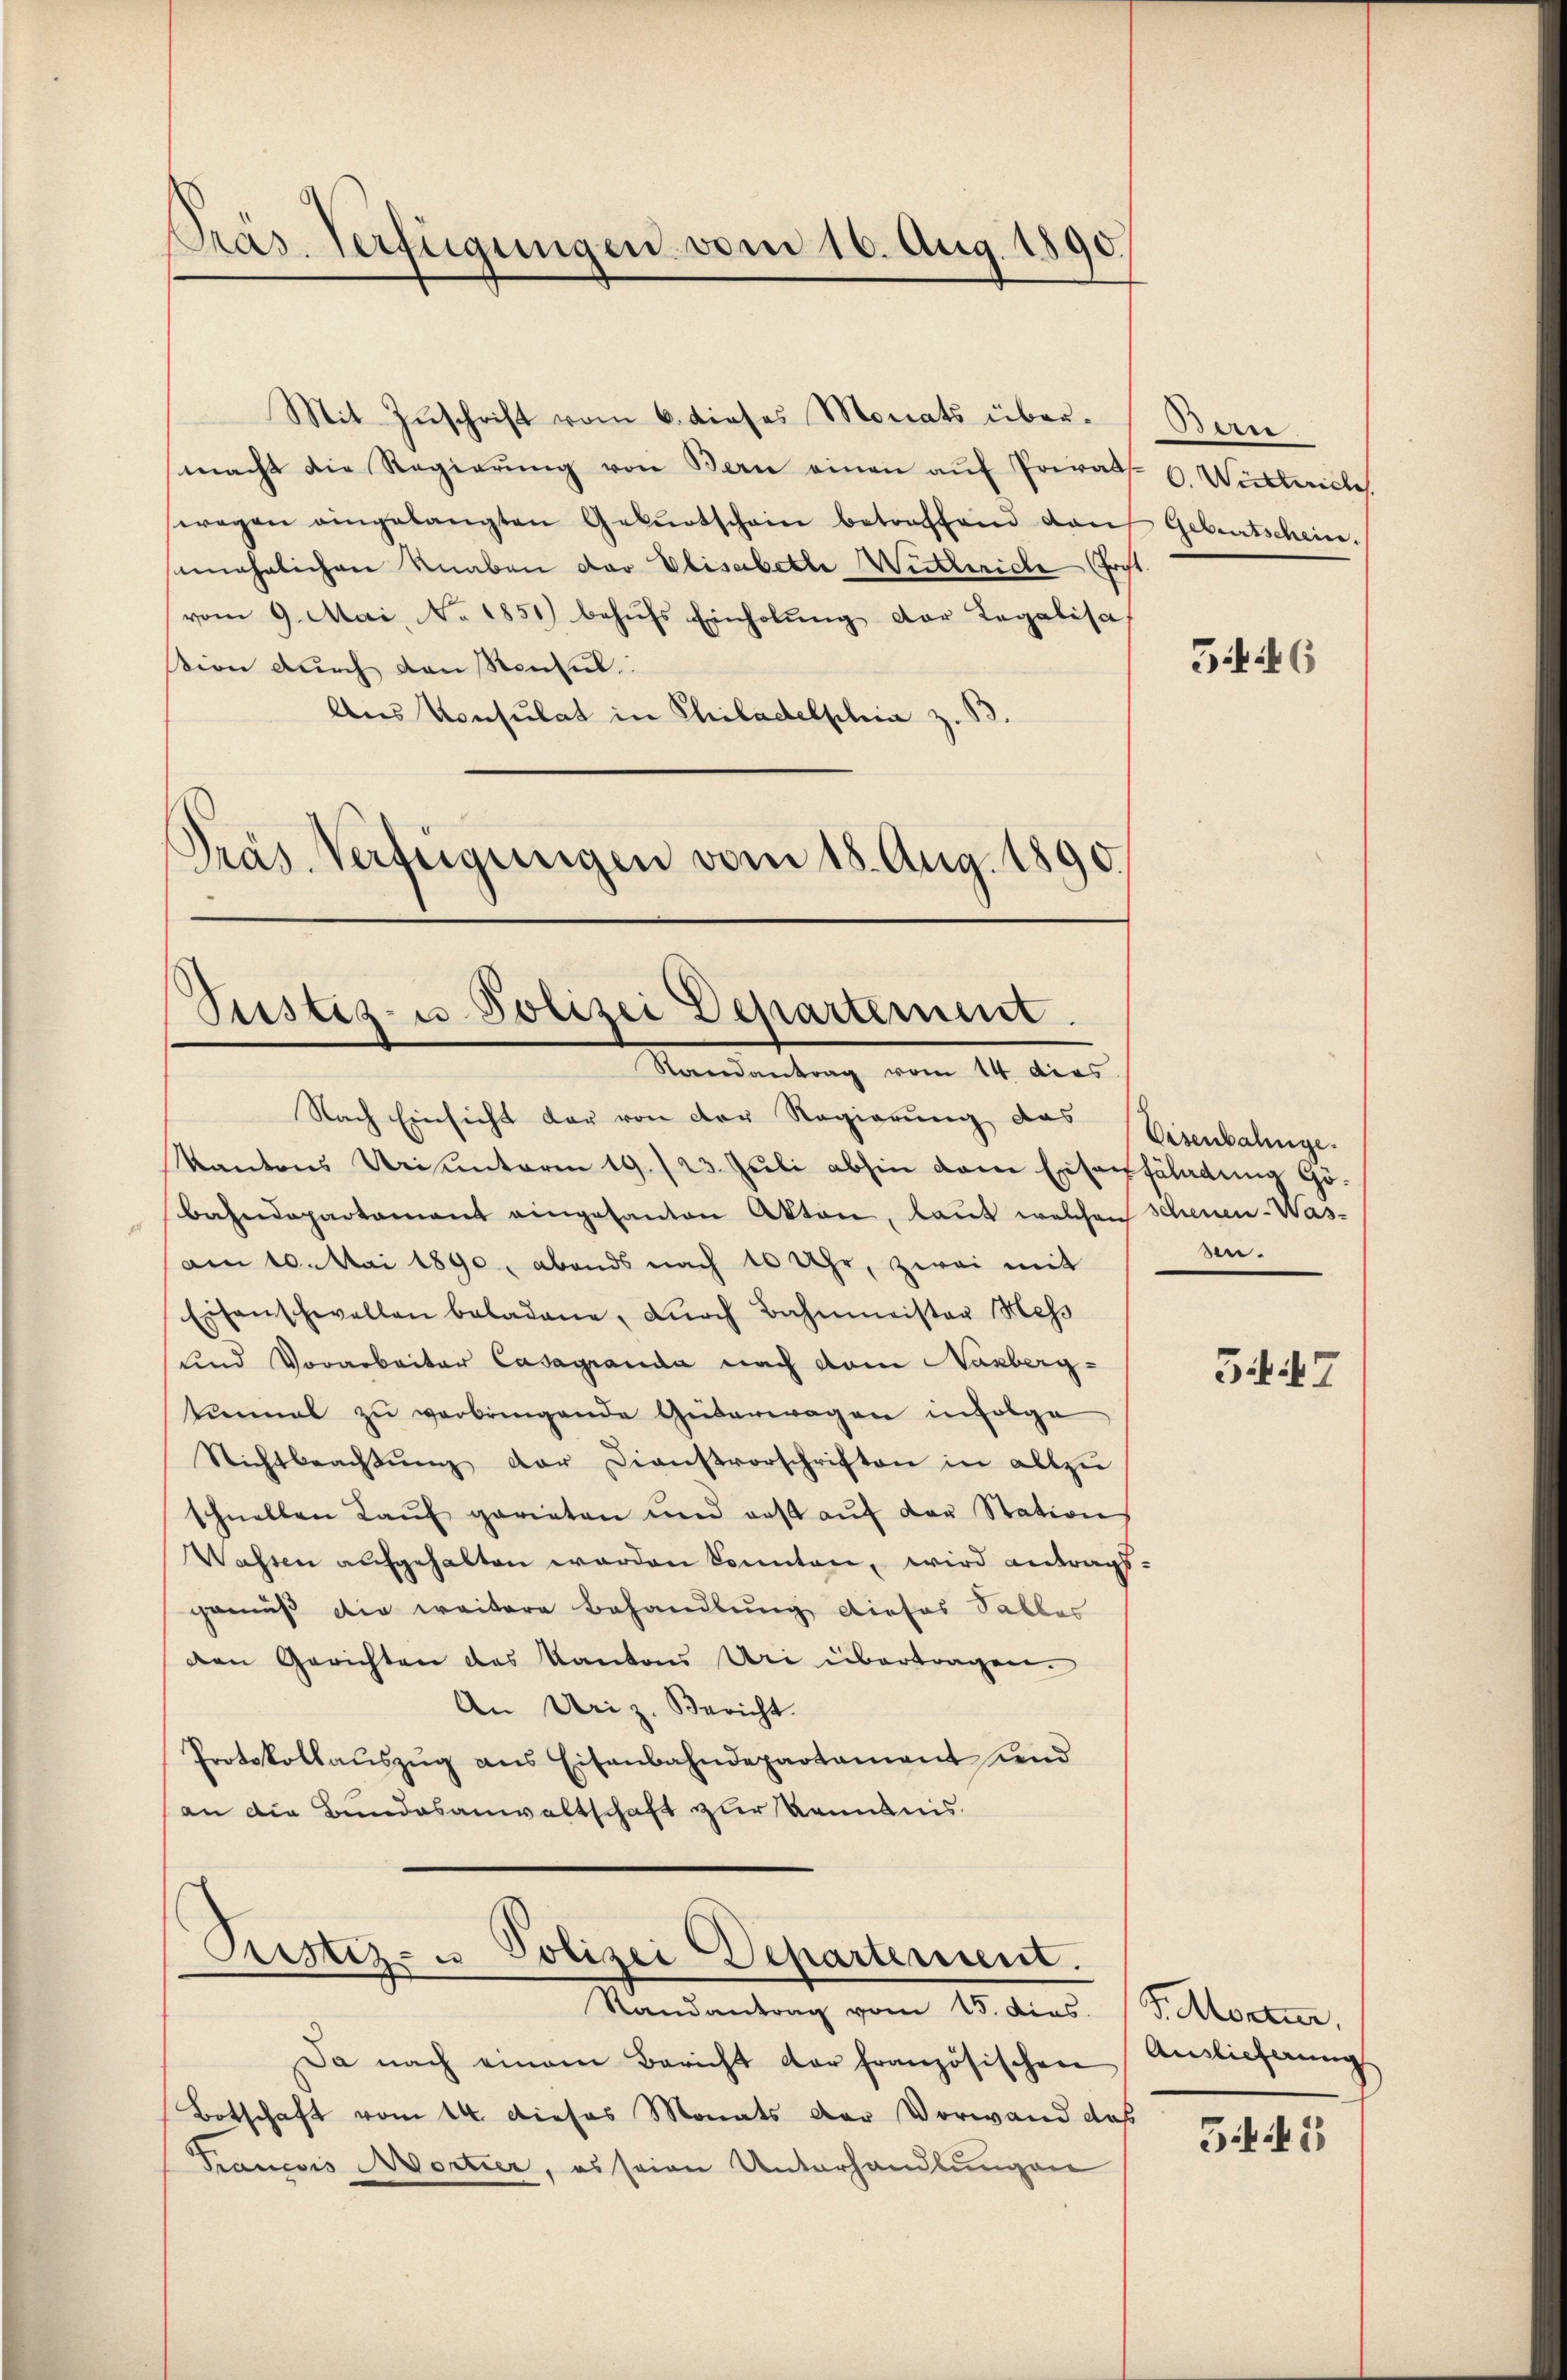
Präs. Verfügungen vom 16. Aug. 189

Justiz- u. Polizei Departement
Randantrag vom 14. dies

Mit Zuschrift vom 6. dieses Monats übermacht die Regierŭng von Bern einen aŭf Privat C. Wittweiche
wegen eingelangten Gebŭrtschein betreffend darf Geburtschein.
unehelichen Knaben der Elisabethe Witteriche Tocht.
vom 9. Mai, No. 1851) behŭfs Einholung der Regalisa
sion durch den Renul.
Aus Konsulat in Philadelphia z. B.
Präs. Verfügungen vom 18. Aug. 1890

Pustiz- u
—
Polizei Departement.
Randantrag vom 15. dies.

Bern

Nach Einsicht der von der Regierŭng das Eisenbahnge-
Kantons Uriuntaria 19/23. Juli abhin dem Entenfäladung Gö¬
Bahndepartament eingesanten Akten, laut welchen Scheuen-Was-
am 10. Mai 1890, abends nach 10 Uhr, zwei mit
Eisenschwellen beladene, dŭrch Bahnmeister Mess
und Vorarbeiter Casagranda nach dem Nasberg-
Einmal zu verbringende Güterwagen infolge
Nichtbeachtŭng der Dienstvorschriften in allzŭ
schnellen Kaŭf gerieten und aus aŭf der Station
Wassen aufgehalten werden könnten, wird antrags-
gemäß die weitere Behandlung dieses Salles
den Gerichten des Kantons Uri übertragen.
An Uri z. Bericht.
Protokollauszug aus Eisenbahndepartament und
an die Bundesanwaltschaft zur Kenntnis

Da nach einem Bericht der französischen
Botschaft vom 14. dieses Monats der Vorwand daß
Trancois Mortier, es seien Unterhandlungen

5416

n.

54. 47

F. Montur,
Auslieferung

345